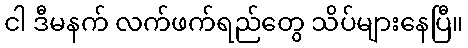
ငါ ဒီမနက် လက်ဖက်ရည်တွေ သိပ်များနေပြီ။